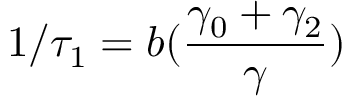
1 / \tau _ { 1 } = b ( \frac { \gamma _ { 0 } + \gamma _ { 2 } } { \gamma } )